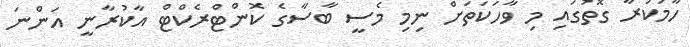
ހާމަކުރާ ގޮތުގައި މި ވާހަކަތަށް ނިމި މެސީ ބާސާގެ ކޮންޓްރެކްޓް އާކުރާނީ އަންނަ